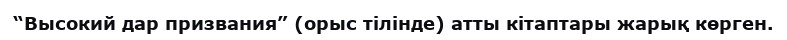
“Высокий дар призвания” (орыс тілінде) атты кітаптары жарық көрген.